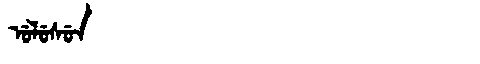
Manchu: ᡠᠯᡠᠰᡠᠨ
Romanization: ULUSUN